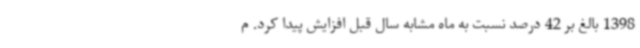
1398 بالغ بر 42 درصد نسبت به ماه مشابه سال قبل افزایش پیدا کرد. م